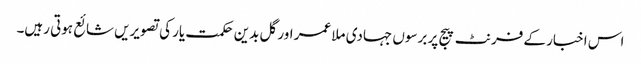
اس اخبار کے فرنٹ پیج پر برسوں جہادی ملا عمر اور گل بدین حکمت یار کی تصویریں شائع ہوتی رہیں۔